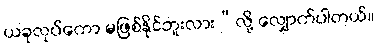
ယခုလုပ်ကော မဖြစ်နိုင်ဘူးလား”လို့ လျှောက်ပါတယ်။